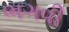
ભગવી